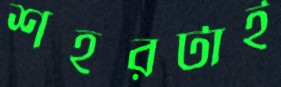
শহরটাই